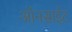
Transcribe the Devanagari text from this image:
ऑनसाईट